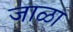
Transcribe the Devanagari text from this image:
जाळा